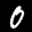
Label: 0